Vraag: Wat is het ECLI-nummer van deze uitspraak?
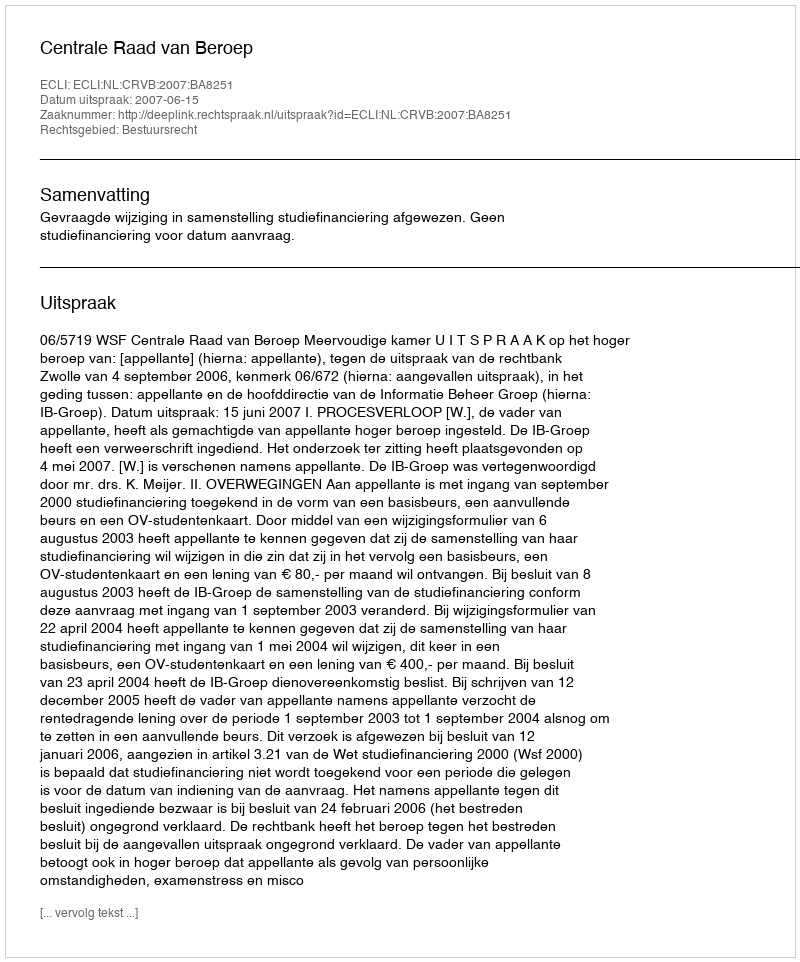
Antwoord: ECLI:NL:CRVB:2007:BA8251